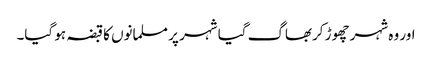
اور وہ شہر چھوڑ کربھاگ گیا شہر پر مسلمانوں کا قبضہ ہو گیا۔